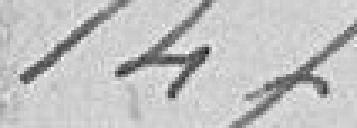
147